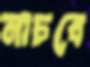
নাচবে